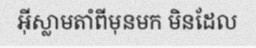
អ៊ីស្លាមតាំពីមុនមក មិនដែល